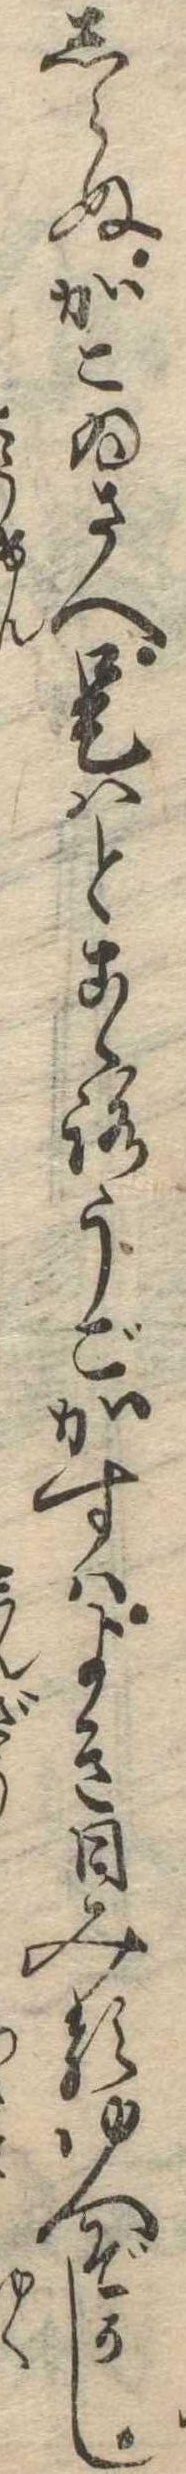
しらぬかこゐさへ是はとこゝろうごかすはよき日みるゆへぞかし